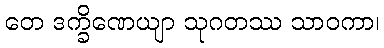
တေ ဒက္ခိဏေယျာ သုဂတဿ သာဝကာ၊